Report on enteric fever
Disease focus: Fever
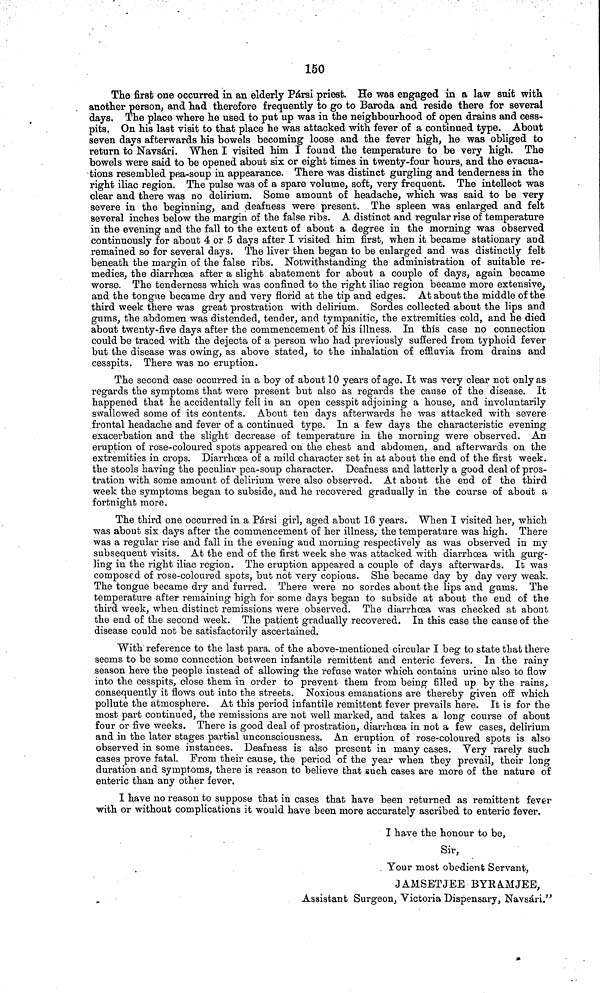
150
The first one occurred in an elderly Pársi priest He was engaged in a law suit with
another person, and had therefore frequently to go to Baroda and reside there for several
days. The place where he used to put up was in the neighbourhood of open drains and cess-
pits. On his last visit to that place he was attacked with fever of a continued type. About
seven days afterwards his bowels becoming loose and the fever high, he was obliged to
return to Navsári. When I visited him I found the temperature to be very high. The
bowels were said to be opened about six or eight times in twenty-four hours, and the evacua-
tions resembled pea-soup in appearance. There was distinct gurgling and tenderness in the
right iliac region. The pulse was of a spare volume, soft, very frequent. The intellect was
clear and there was no delirium. Some amount of headache, which was said to be very
severe in the beginning, and deafness were present. The spleen was enlarged and felt
several inches below the margin of the false ribs. A distinct and regular rise of temperature
in the evening and the fall to the extent of about a degree in the morning was observed
continuously for about 4 or 5 days after I visited him first, when it became stationary and
remained so for several days. The liver then began to be enlarged and was distinctly felt
beneath the margin of the false ribs. Notwithstanding the administration of suitable re-
medies, the diarrhœa after a slight abatement for about a couple of days, again became
worse. The tenderness which was confined to the right iliac region became more extensive,
and the tongue became dry and very florid at the tip and edges. At about the middle of the
third week there was great prostration with delirium. Sordes collected about the lips and
gums, the abdomen was distended, tender, and tympanitic, the extremities cold, and he died
about twenty-five days after the commencement of his illness. In this case no connection
could be traced with the dejecta of a person who had previously suffered from typhoid fever
but the disease was owing, as above stated, to the inhalation of effluvia from drains and
cesspits. There was no eruption.
The second case occurred in a boy of about 10 years of age. It was very clear not only as
regards the symptoms that were present but also as regards the cause of the disease. It
happened that he accidentally fell in an open cesspit adjoining a house, and involuntarily
swallowed some of its contents. About ten days afterwards he was attacked with severe
frontal headache and fever of a continued type. In a few days the characteristic evening
exacerbation and the slight decrease of temperature in the morning were observed. An
eruption of rose-coloured spots appeared on the chest and abdomen, and afterwards on the
extremities in crops. Diarrhoea of a mild character set in at about the end of the first week.
the stools having the peculiar pea-soup character. Deafness and latterly a good deal of pros-
tration with some amount of delirium were also observed. At about the end of the third
week the symptoms began to subside, and he recovered gradually in the course of about a
fortnight more.
The third one occurred in a Pársi girl, aged about 16 years. When I visited her, which
was about six days after the commencement of her illness, the temperature was high. There
was a regular rise and fall in the evening and morning respectively as was observed in nay
subsequent visits. At the end of the first week she was attacked with diarrhoea with gurg-
ling in the right iliac region. The eruption appeared a couple of days afterwards. It was
composed of rose-coloured spots, but not very copious. She became day by day very weak.
The tongue became dry and furred. There were no sordes about the lips and gums. The
temperature after remaining high for some days began to subside at about the end of the
third week, when distinct remissions were observed. The diarrhœa was checked at about
the end of the second week. The patient gradually recovered. In this case the cause of the
disease could not be satisfactorily ascertained.
With reference to the last para. of the above-mentioned circular I beg to state that there
seems to be some connection between infantile remittent and enteric fevers. In the rainy
season here the people instead of allowing the refuse water which contains urine also to flow
into the cesspits, close them in order to prevent them from being filled up by the rains,
consequently it flows out into the streets. Noxious emanations are thereby given off which
pollute the atmosphere. At this period infantile remittent fever prevails here. It is for the
most part continued, the remissions are not well marked, and takes a long course of about
four or five weeks. There is good deal of prostration, diarrhoea in not a few cases, delirium
and in the later stages partial unconsciousness. An eruption of rose-coloured spots is also
observed in some instances. Deafness is also present in many cases. Very rarely such
cases prove fatal. From their cause, the period of the year when they prevail, their long
duration and symptoms, there is reason to believe that such cases are more of the nature of
enteric than any other fever.
I have no reason to suppose that in cases that have been returned as remittent fever
with or without complications it would have been more accurately ascribed to enteric fever.
I have the honour to be,
Sir,
Your most obedient Servant,
JAMSETJEE BYRAMJEE,
Assistant Surgeon, Victoria Dispensary, Navsári."